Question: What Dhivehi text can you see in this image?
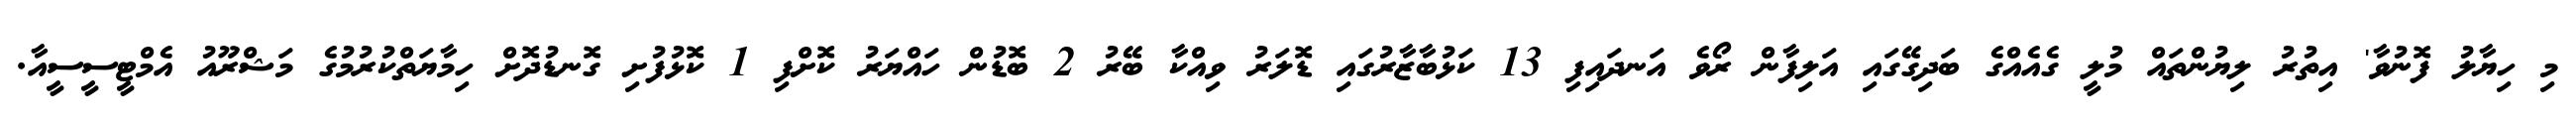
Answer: މި ހިޔާލު ފޮނުވާ' އިތުރު ލިޔުންތައް މުލީ ގެއެއްގެ ބަދިގޭގައި އަލިފާން ރޯވެ އަނދައިފި 13 ކަޅުބާޒާރުގައި ޑޮލަރު ވިއްކާ ބޭރު 2 ބޮޑުން ހައްޔަރު ކޮށްފި 1 ކޮޅުފުށި ގޮނޑުދޮށް ހިމާޔަތްކުރުމުގެ މަޝްރޫއު އެމްޓީސީސީއާ.